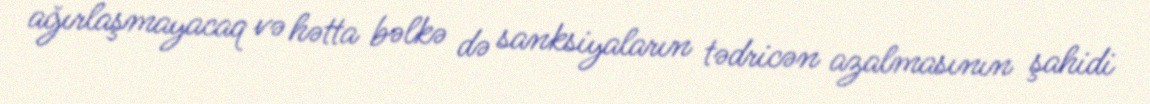
ağırlaşmayacaq və hətta bəlkə də sanksiyaların tədricən azalmasının şahidi